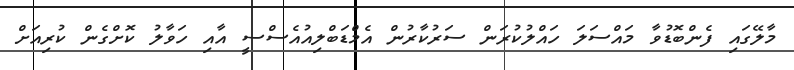
މާލޭގައި ފެންބޮޑުވާ މައްސަލަ ހައްލުކުރަން ސަރުކާރުން އެމްޑަބްލިއުއެސްސީ އާއި ހަވާލު ކޮށްގެން ކުރިއަށް